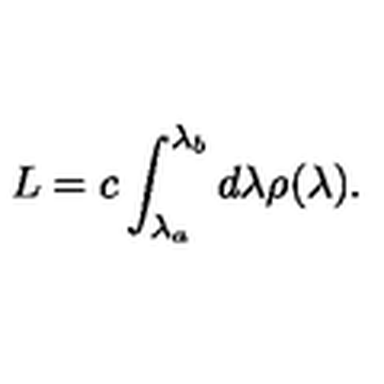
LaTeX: L = c \int _ { \lambda _ { a } } ^ { \lambda _ { b } } d \lambda \rho ( \lambda ) .